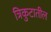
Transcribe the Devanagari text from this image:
त्रिकुटातील